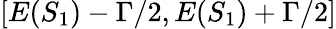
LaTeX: [E(S_{1})-\Gamma/2,E(S_{1})+\Gamma/2]